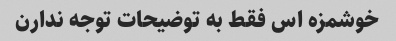
خوشمزه اس فقط به توضیحات توجه ندارن